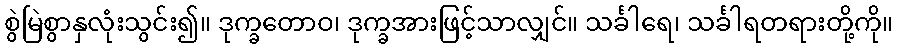
စွဲမြဲစွာနှလုံးသွင်း၍။ ဒုက္ခတောဝ၊ ဒုက္ခအားဖြင့်သာလျှင်။ သင်္ခါရေ၊ သင်္ခါရတရားတို့ကို။